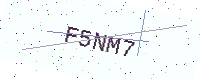
Text: F5NM7